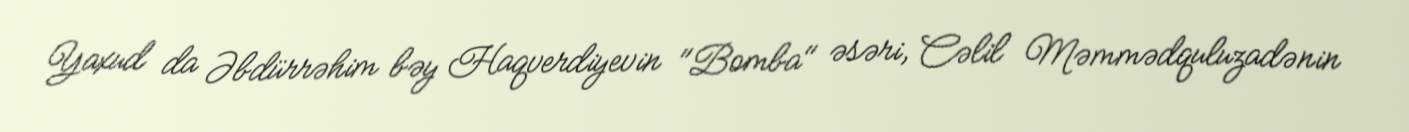
Yaxud da Əbdürrəhim bəy Haqverdiyevin "Bomba" əsəri, Cəlil Məmmədquluzadənin